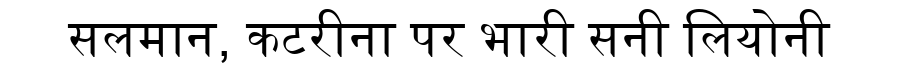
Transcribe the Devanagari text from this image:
सलमान, कटरीना पर भारी सनी लियोनी